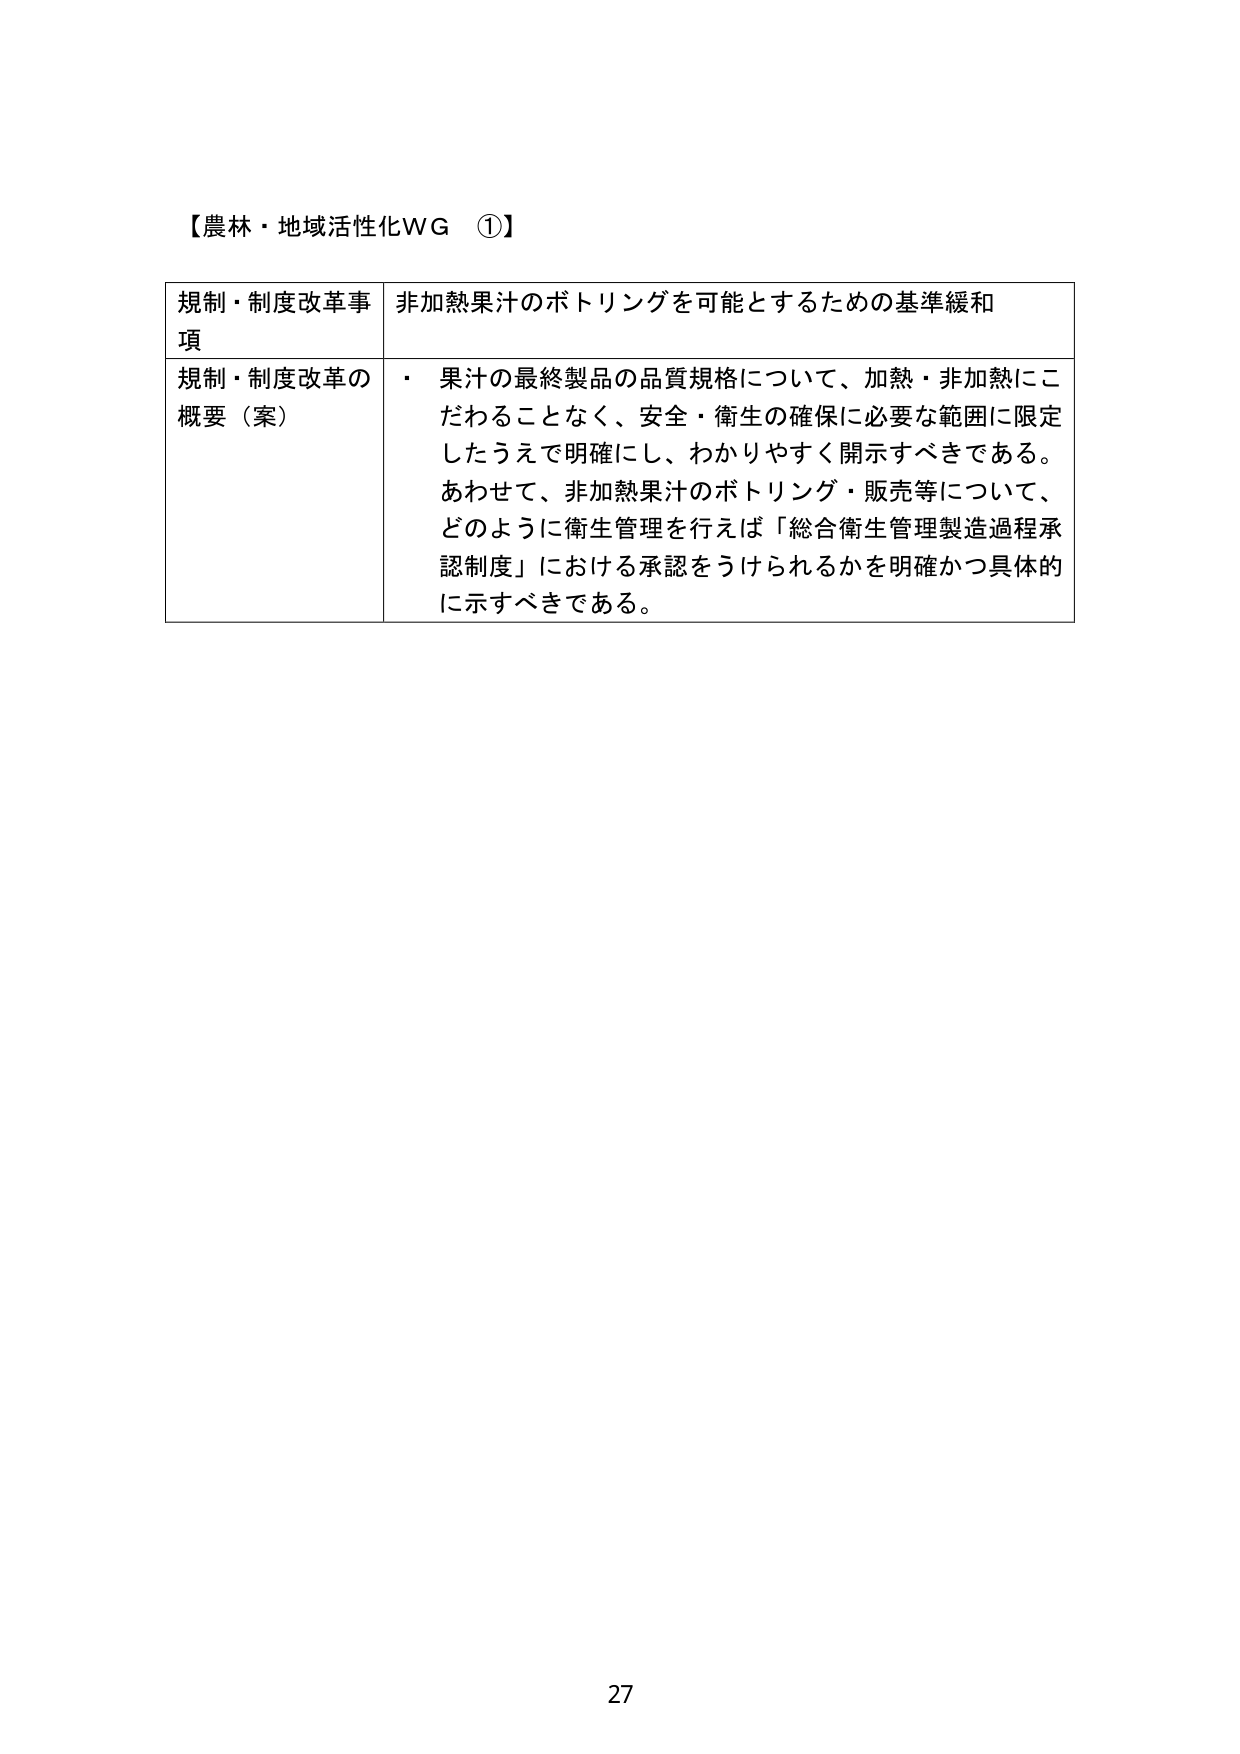
【農林・地域活性化WG ①】

規制・制度改革事項　非加熱果汁のボトリングを可能とするための基準緩和

規制・制度改革の概要（案）　・果汁の最終製品の品質規格について、加熱・非加熱にこだわることなく、安全・衛生の確保に必要な範囲に限定したうえで明確にし、わかりやすく開示すべきである。あわせて、非加熱果汁のボトリング・販売等について、どのように衛生管理を行えば「総合衛生管理製造過程承認制度」における承認をうけられるかを明確かつ具体的に示すべきである。

27